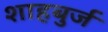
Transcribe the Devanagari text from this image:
शाहबुर्ज